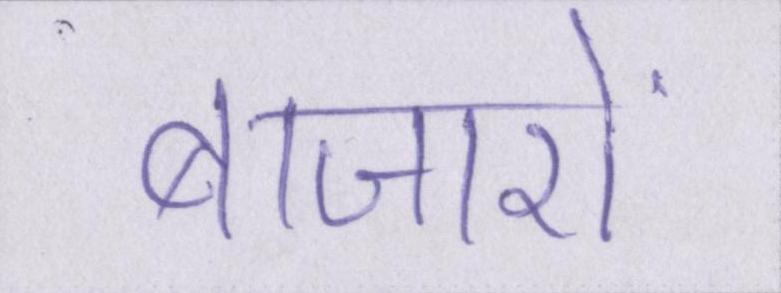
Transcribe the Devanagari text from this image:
बाजारों